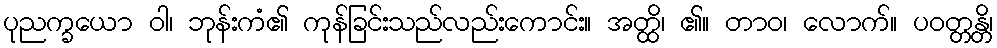
ပုညက္ခယော ဝါ၊ ဘုန်းကံ၏ ကုန်ခြင်းသည်လည်းကောင်း။ အတ္ထိ၊ ၏။ တာဝ၊ လောက်။ ပဝတ္တန္တိ၊